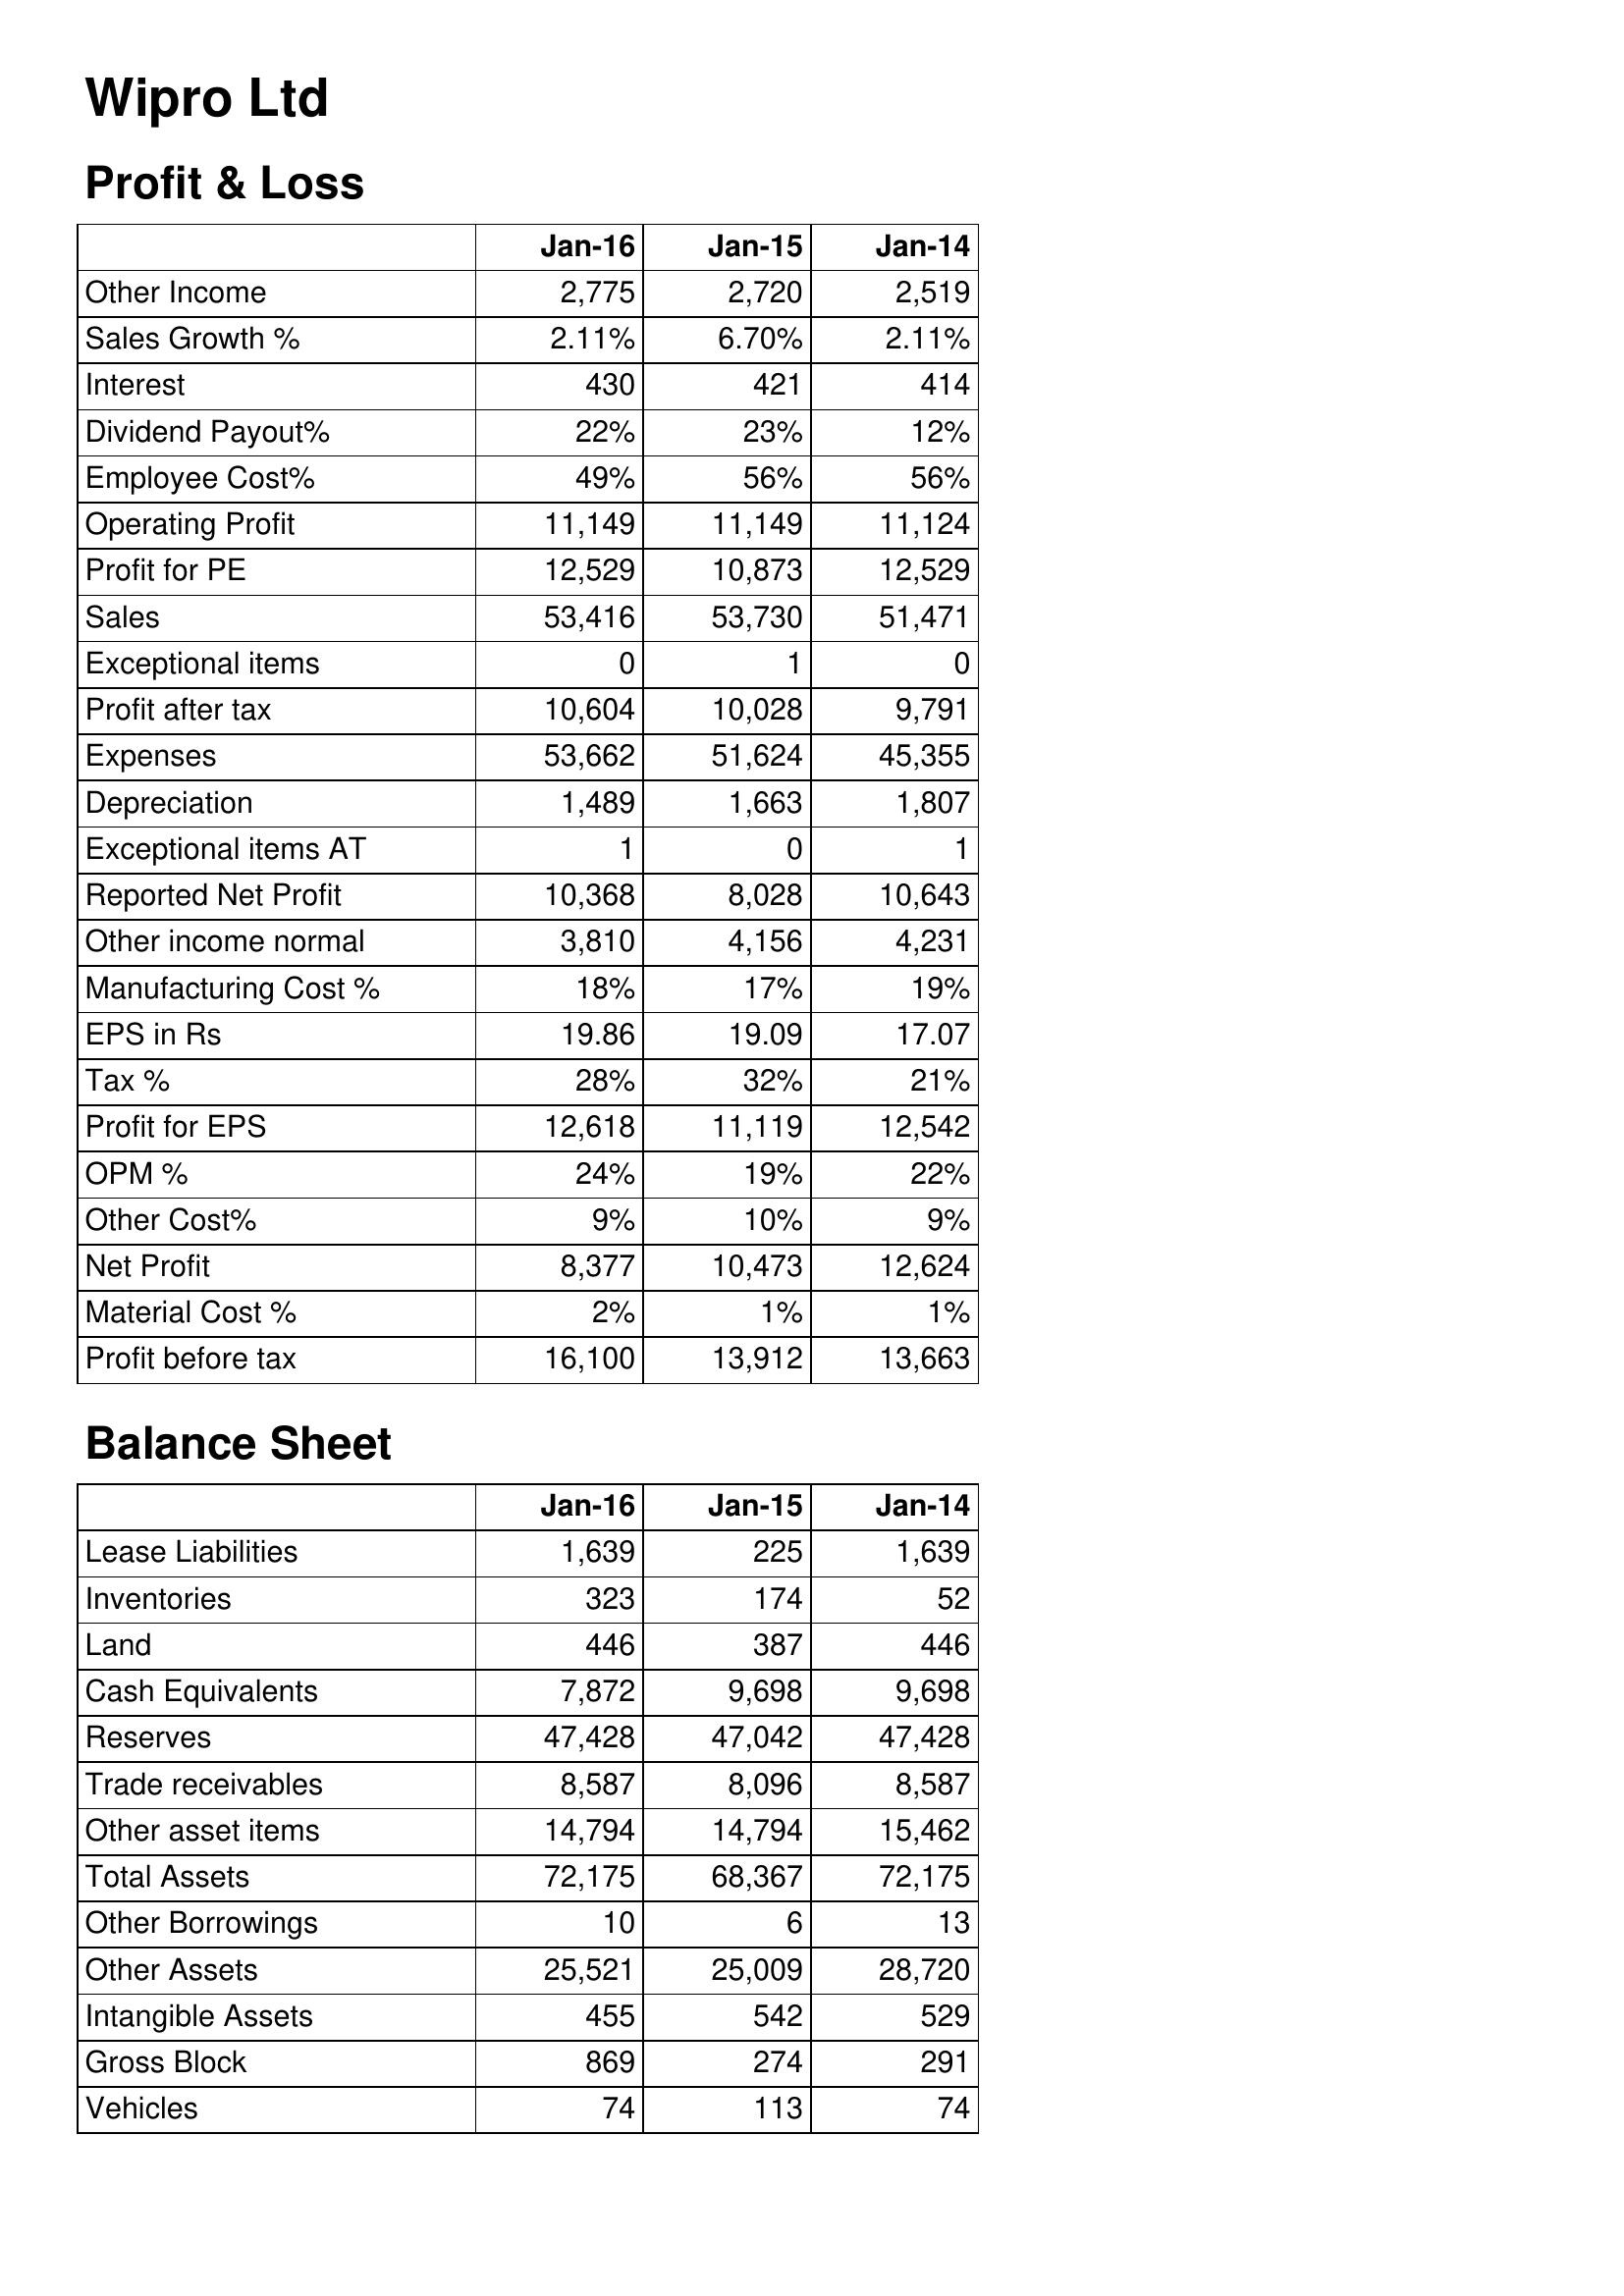
Jan-16: Profit & Loss: Other Income: 2,775
Sales Growth %: 2.11%
Interest: 430
Dividend Payout%: 22%
Employee Cost%: 49%
Operating Profit: 11,149
Profit for PE: 12,529
Sales: 53,416
Exceptional items: 0
Profit after tax: 10,604
Expenses: 53,662
Depreciation: 1,489
Exceptional items AT: 1
Reported Net Profit: 10,368
Other income normal: 3,810
Manufacturing Cost %: 18%
EPS in Rs: 19.86
Tax %: 28%
Profit for EPS: 12,618
OPM %: 24%
Other Cost%: 9%
Net Profit: 8,377
Material Cost %: 2%
Profit before tax: 16,100
Balance Sheet: Lease Liabilities: 1,639
Inventories: 323
Land: 446
Cash Equivalents: 7,872
Reserves: 47,428
Trade receivables: 8,587
Other asset items: 14,794
Total Assets: 72,175
Other Borrowings: 10
Other Assets: 25,521
Intangible Assets: 455
Gross Block: 869
Vehicles: 74
Jan-15: Profit & Loss: Other Income: 2,720
Sales Growth %: 6.70%
Interest: 421
Dividend Payout%: 23%
Employee Cost%: 56%
Operating Profit: 11,149
Profit for PE: 10,873
Sales: 53,730
Exceptional items: 1
Profit after tax: 10,028
Expenses: 51,624
Depreciation: 1,663
Exceptional items AT: 0
Reported Net Profit: 8,028
Other income normal: 4,156
Manufacturing Cost %: 17%
EPS in Rs: 19.09
Tax %: 32%
Profit for EPS: 11,119
OPM %: 19%
Other Cost%: 10%
Net Profit: 10,473
Material Cost %: 1%
Profit before tax: 13,912
Balance Sheet: Lease Liabilities: 225
Inventories: 174
Land: 387
Cash Equivalents: 9,698
Reserves: 47,042
Trade receivables: 8,096
Other asset items: 14,794
Total Assets: 68,367
Other Borrowings: 6
Other Assets: 25,009
Intangible Assets: 542
Gross Block: 274
Vehicles: 113
Jan-14: Profit & Loss: Other Income: 2,519
Sales Growth %: 2.11%
Interest: 414
Dividend Payout%: 12%
Employee Cost%: 56%
Operating Profit: 11,124
Profit for PE: 12,529
Sales: 51,471
Exceptional items: 0
Profit after tax: 9,791
Expenses: 45,355
Depreciation: 1,807
Exceptional items AT: 1
Reported Net Profit: 10,643
Other income normal: 4,231
Manufacturing Cost %: 19%
EPS in Rs: 17.07
Tax %: 21%
Profit for EPS: 12,542
OPM %: 22%
Other Cost%: 9%
Net Profit: 12,624
Material Cost %: 1%
Profit before tax: 13,663
Balance Sheet: Lease Liabilities: 1,639
Inventories: 52
Land: 446
Cash Equivalents: 9,698
Reserves: 47,428
Trade receivables: 8,587
Other asset items: 15,462
Total Assets: 72,175
Other Borrowings: 13
Other Assets: 28,720
Intangible Assets: 529
Gross Block: 291
Vehicles: 74